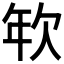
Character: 𢆘